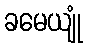
ခမေယျုံ